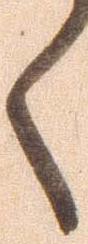
く